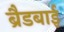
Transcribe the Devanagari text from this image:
ब्रैडबाई